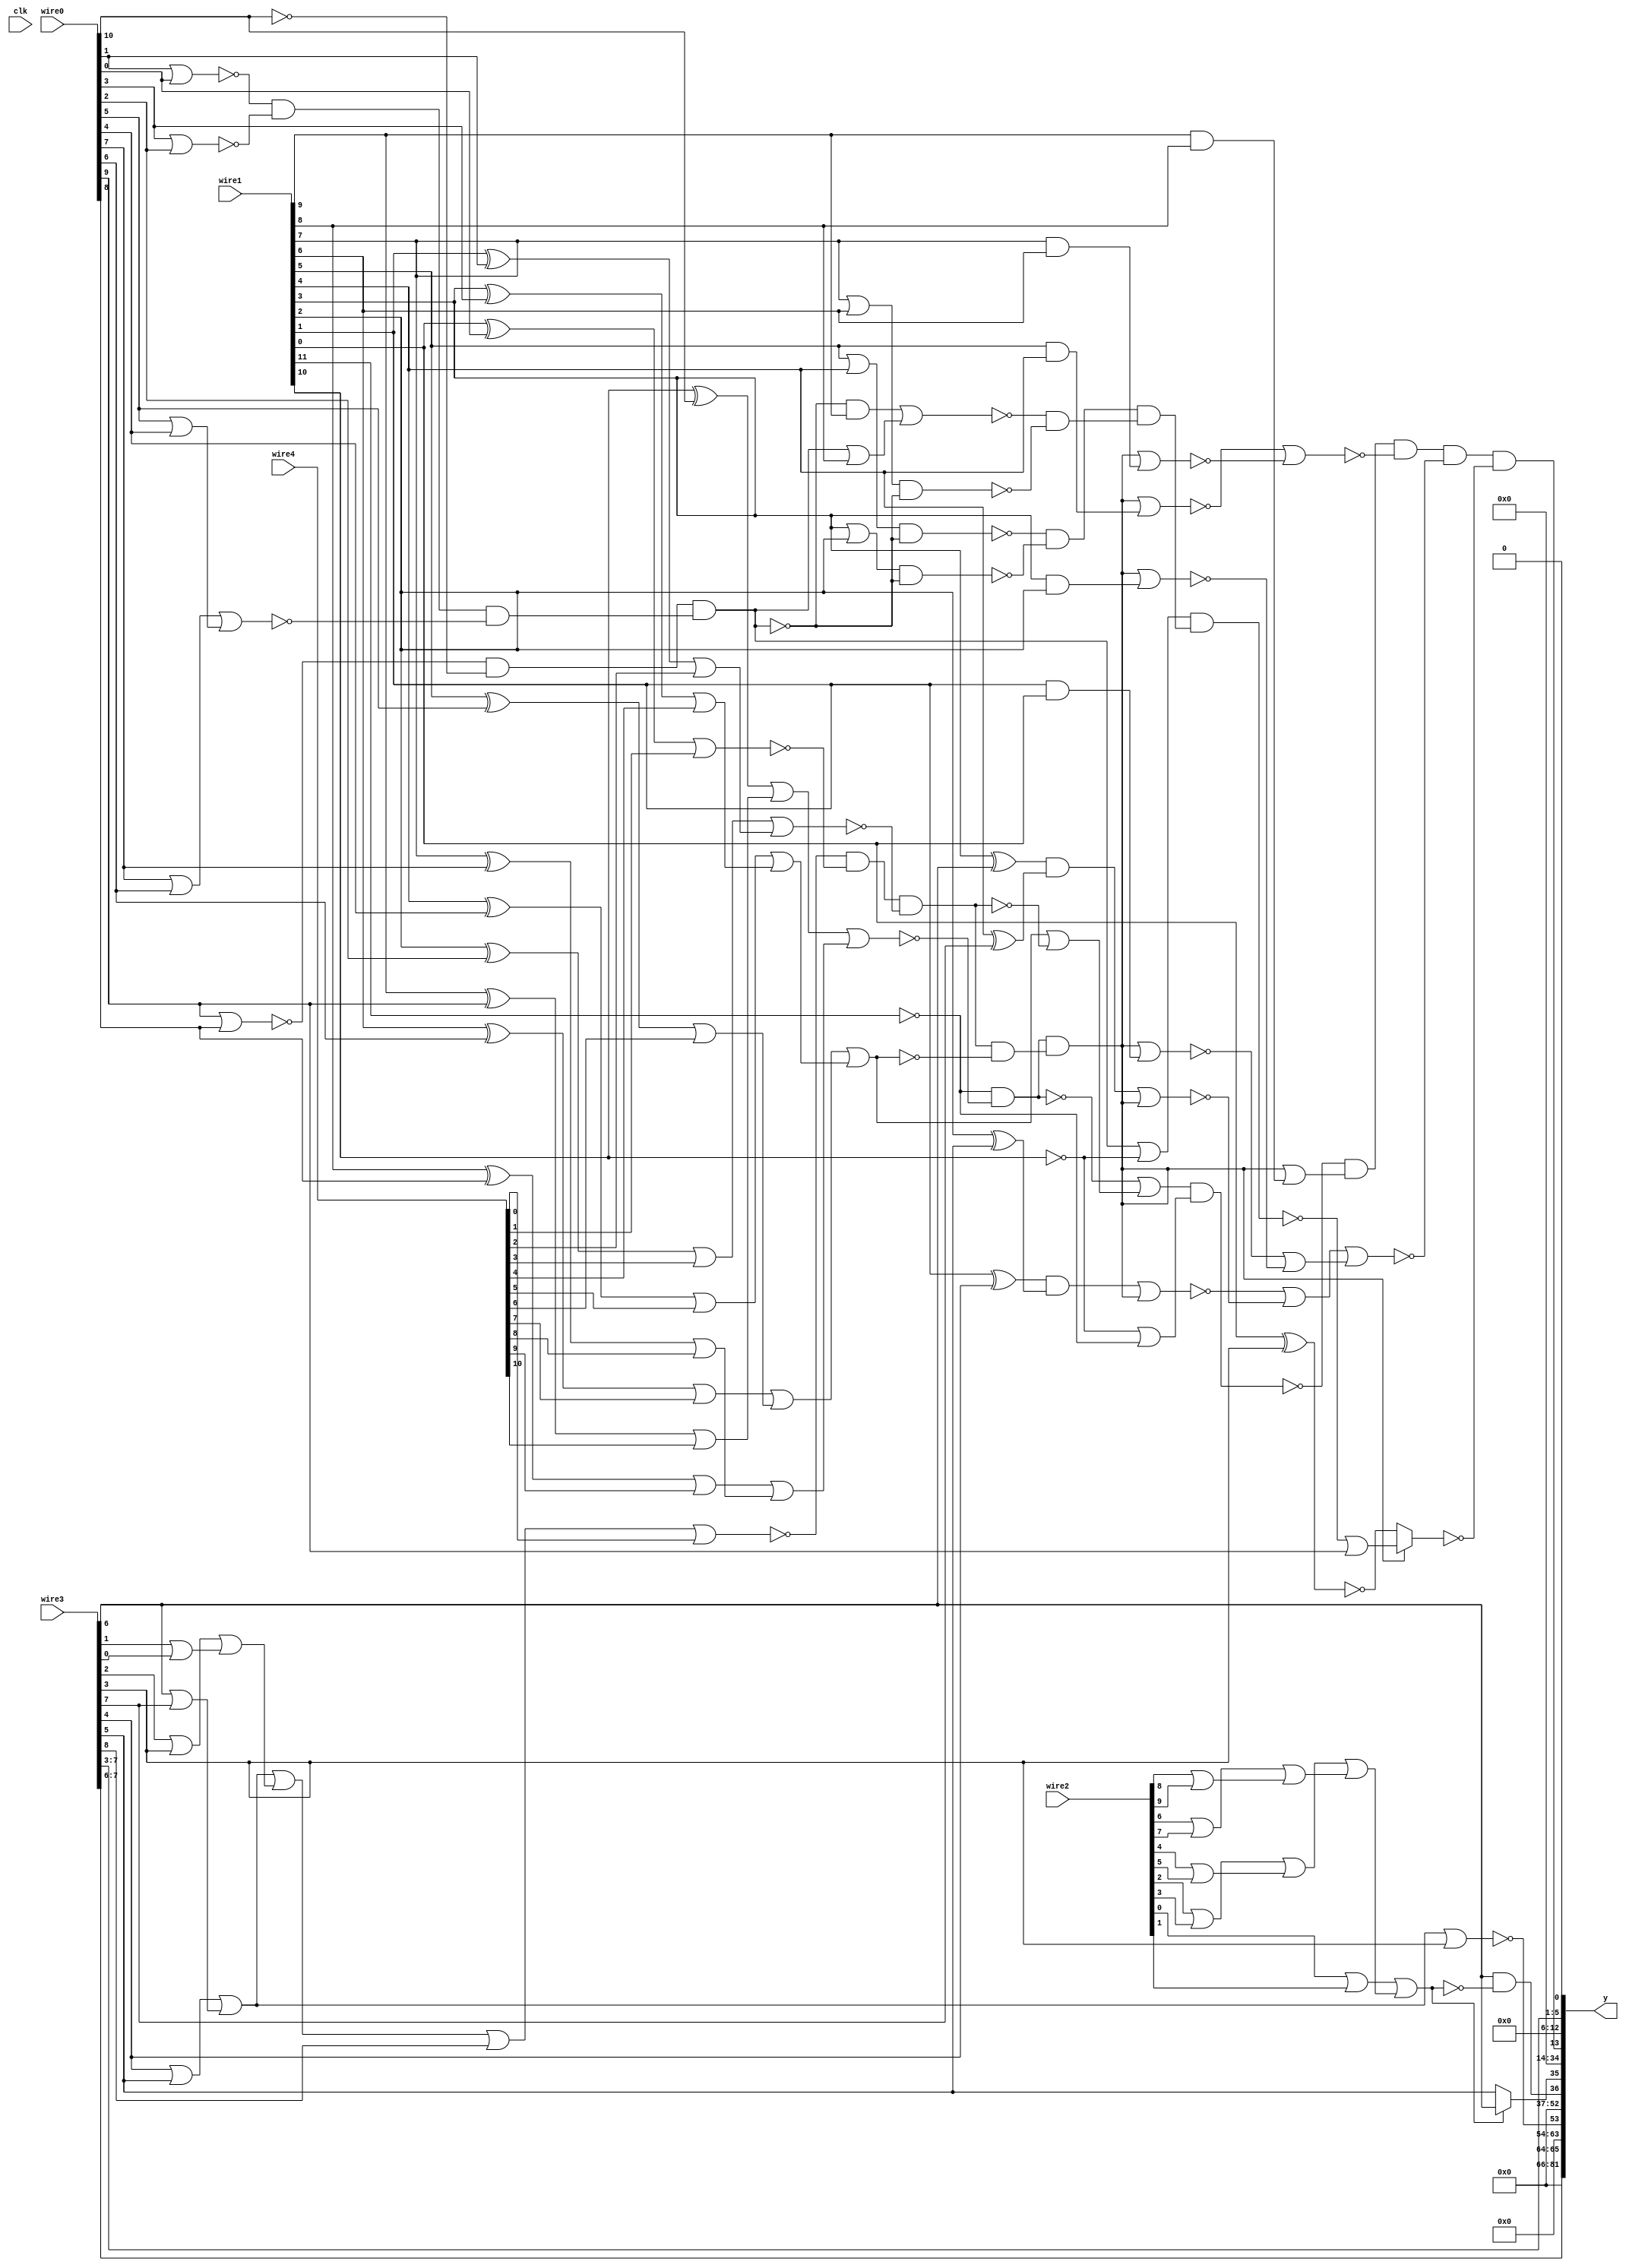
/* Generated by Yosys 0.9 (git sha1 1979e0b) */

module top(y, clk, wire4, wire3, wire2, wire1, wire0);
  wire _000_;
  wire _001_;
  wire _002_;
  wire _003_;
  wire _004_;
  wire _005_;
  wire _006_;
  wire _007_;
  wire _008_;
  wire _009_;
  wire _010_;
  wire _011_;
  wire _012_;
  wire _013_;
  wire _014_;
  wire _015_;
  wire _016_;
  wire _017_;
  wire _018_;
  wire _019_;
  wire _020_;
  wire _021_;
  wire _022_;
  wire _023_;
  wire _024_;
  wire _025_;
  wire _026_;
  wire _027_;
  wire _028_;
  wire _029_;
  wire _030_;
  wire _031_;
  wire _032_;
  wire _033_;
  wire _034_;
  wire _035_;
  wire _036_;
  wire _037_;
  wire _038_;
  wire _039_;
  wire _040_;
  wire _041_;
  wire _042_;
  wire _043_;
  wire _044_;
  wire _045_;
  wire _046_;
  wire _047_;
  wire _048_;
  wire _049_;
  wire _050_;
  wire _051_;
  wire _052_;
  wire _053_;
  wire _054_;
  wire _055_;
  wire _056_;
  wire _057_;
  wire _058_;
  wire _059_;
  wire _060_;
  wire _061_;
  wire _062_;
  wire _063_;
  wire _064_;
  wire _065_;
  wire _066_;
  wire _067_;
  wire _068_;
  wire _069_;
  wire _070_;
  wire _071_;
  wire _072_;
  wire _073_;
  wire _074_;
  wire _075_;
  wire _076_;
  wire _077_;
  wire _078_;
  wire _079_;
  wire _080_;
  wire _081_;
  wire _082_;
  wire _083_;
  wire _084_;
  wire _085_;
  wire _086_;
  wire _087_;
  wire _088_;
  wire _089_;
  wire _090_;
  wire _091_;
  wire _092_;
  wire _093_;
  wire _094_;
  wire _095_;
  wire _096_;
  input clk;
  input [10:0] wire0;
  input [11:0] wire1;
  input [9:0] wire2;
  input [8:0] wire3;
  input [10:0] wire4;
  wire [4:0] wire5;
  wire wire6;
  wire [17:0] wire7;
  wire wire8;
  wire [1:0] wire9;
  output [81:0] y;
  assign _055_ = ~wire1[11];
  assign _056_ = ~wire1[10];
  assign _057_ = wire3[1] | wire3[0];
  assign _058_ = wire3[2] | wire3[3];
  assign _059_ = _058_ | _057_;
  assign _060_ = wire3[6] | wire3[7];
  assign _061_ = wire3[4] | wire3[5];
  assign _062_ = _061_ | _060_;
  assign _063_ = _062_ | _059_;
  assign _064_ = _063_ | wire3[8];
  assign _065_ = ~(_064_ | wire4[0]);
  assign _066_ = wire1[0] ^ wire0[0];
  assign _067_ = _066_ | wire4[1];
  assign _068_ = _065_ & ~(_067_);
  assign _069_ = wire1[1] ^ wire0[1];
  assign _070_ = _069_ | wire4[2];
  assign _071_ = wire1[2] ^ wire0[2];
  assign _072_ = _071_ | wire4[3];
  assign _073_ = _072_ | _070_;
  assign _074_ = _068_ & ~(_073_);
  assign _075_ = wire1[3] ^ wire0[3];
  assign _076_ = _075_ | wire4[4];
  assign _077_ = wire1[4] ^ wire0[4];
  assign _078_ = _077_ | wire4[5];
  assign _079_ = _078_ | _076_;
  assign _080_ = wire1[5] ^ wire0[5];
  assign _081_ = _080_ | wire4[6];
  assign _082_ = wire1[6] ^ wire0[6];
  assign _083_ = _082_ | wire4[7];
  assign _084_ = _083_ | _081_;
  assign _085_ = _084_ | _079_;
  assign _086_ = _085_ | ~(_074_);
  assign _087_ = wire1[7] ^ wire0[7];
  assign _088_ = _087_ | wire4[8];
  assign _089_ = wire1[8] ^ wire0[8];
  assign _090_ = _089_ | wire4[9];
  assign _091_ = _090_ | _088_;
  assign _092_ = wire1[9] ^ wire0[9];
  assign _093_ = _092_ | wire4[10];
  assign _094_ = wire1[10] ^ wire0[10];
  assign _095_ = _094_ | _093_;
  assign _096_ = _095_ | _091_;
  assign _000_ = _055_ & ~(_096_);
  assign _001_ = ~_000_;
  assign _002_ = ~((_001_ | _086_) & (_056_ | _055_));
  assign _003_ = _074_ & ~(_085_);
  assign _004_ = ~((_000_ & _003_) | (wire1[9] & wire1[8]));
  assign _005_ = _002_ & ~(_004_);
  assign _006_ = ~((_000_ & _003_) | (wire1[7] & wire1[6]));
  assign _007_ = ~((_000_ & _003_) | (wire1[5] & wire1[4]));
  assign _008_ = _007_ | _006_;
  assign _009_ = _005_ & ~(_008_);
  assign _010_ = ~((_000_ & _003_) | (wire1[3] & wire1[2]));
  assign _011_ = ~((_000_ & _003_) | (wire1[1] & wire1[0]));
  assign _012_ = _011_ | _010_;
  assign _013_ = wire1[4] ^ wire3[7];
  assign _014_ = wire1[3] ^ wire3[6];
  assign _015_ = ~((_014_ & _013_) | (_000_ & _003_));
  assign _016_ = wire1[2] ^ wire3[5];
  assign _017_ = wire1[1] ^ wire3[4];
  assign _018_ = ~((_017_ & _016_) | (_000_ & _003_));
  assign _019_ = _018_ | _015_;
  assign _020_ = _019_ | _012_;
  assign _021_ = _009_ & ~(_020_);
  assign _022_ = _000_ & _003_;
  assign _023_ = ~(wire0[1] | wire0[0]);
  assign _024_ = wire0[3] | wire0[2];
  assign _025_ = _023_ & ~(_024_);
  assign _026_ = wire0[5] | wire0[4];
  assign _027_ = wire0[7] | wire0[6];
  assign _028_ = _027_ | _026_;
  assign _029_ = _025_ & ~(_028_);
  assign _030_ = ~(wire0[9] | wire0[8]);
  assign _031_ = _030_ & ~(wire0[10]);
  assign _032_ = _031_ & _029_;
  assign _033_ = ~_032_;
  assign _034_ = ~((wire1[3] | wire1[2]) & _033_);
  assign _035_ = ~((wire1[5] | wire1[4]) & _033_);
  assign _036_ = _035_ & _034_;
  assign _037_ = ~((wire1[7] | wire1[6]) & _033_);
  assign _038_ = _032_ | wire1[8];
  assign _039_ = ~((_033_ & wire1[9]) | _038_);
  assign _040_ = ~(_039_ & _037_);
  assign _041_ = _036_ & ~(_040_);
  assign _042_ = ~((_032_ | _056_) & _041_);
  assign _043_ = _042_ | wire0[9];
  assign _044_ = ~(wire1[0] ^ wire3[3]);
  assign _045_ = _022_ ? _043_ : _044_;
  assign wire6 = _021_ & ~(_045_);
  assign wire8 = ~(_062_ | wire3[3]);
  assign _046_ = wire2[8] | wire2[9];
  assign _047_ = wire2[6] | wire2[7];
  assign _048_ = _047_ | _046_;
  assign _049_ = wire2[4] | wire2[5];
  assign _050_ = wire2[2] | wire2[3];
  assign _051_ = _050_ | _049_;
  assign _052_ = _051_ | _048_;
  assign _053_ = wire2[0] | wire2[1];
  assign _054_ = _053_ | _052_;
  assign y[35] = _054_ ? wire3[6] : wire3[5];
  assign y[36] = wire3[6] & ~(_054_);
  assign wire5 = wire3[7:3];
  assign wire7 = { 16'h0000, y[36:35] };
  assign wire9 = wire3[7:6];
  assign { y[81:37], y[34:0] } = { 16'h0000, wire3[7:6], 10'h000, wire8, 37'h0000000000, wire6, 7'h00, wire3[7:3], 1'h0 };
endmodule